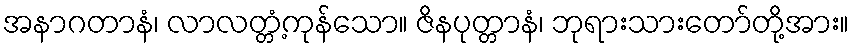
အနာဂတာနံ၊ လာလတ္တံ့ကုန်သော။ ဇိနပုတ္တာနံ၊ ဘုရားသားတော်တို့အား။